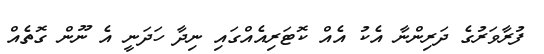
ފުރާވަރުގެ ދަރިންނާ އެކު އެއް ކޮޓަރިއެއްގައި ނިދާ ހަދަނީ އެ ނޫން ގޮތެއް